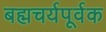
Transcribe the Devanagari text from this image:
बह्मचर्यपूर्वक